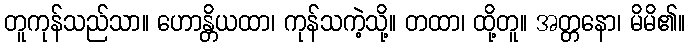
တူကုန်သည်သာ။ ဟောန္တိယထာ၊ ကုန်သကဲ့သို့။ တထာ၊ ထို့တူ။ အတ္တနော၊ မိမိ၏။